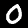
Digit: 0